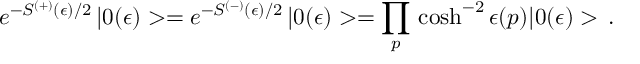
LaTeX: e ^ { - S ^ { ( + ) } ( \epsilon ) / 2 } \, | 0 ( \epsilon ) > = e ^ { - S ^ { ( - ) } ( \epsilon ) / 2 } \, | 0 ( \epsilon ) > = \prod _ { p } \, \cosh ^ { - 2 } \epsilon ( p ) | 0 ( \epsilon ) > \, .